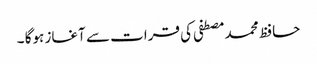
حافظ محمد مصطفی کی قرات سے آغاز ہوگا ۔